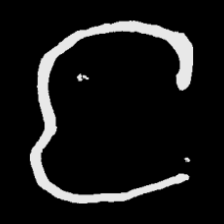
Pyu character \u2014 Myanmar letter: င (romanized: nga)